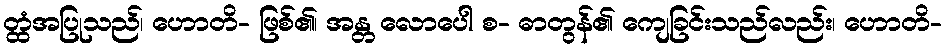
တ္ထံအပြုသည်၊ ဟောတိ- ဖြစ်၏၊ အန္တ လောပေါ စ- ဓာတွန်၏ ကျေခြင်းသည်လည်း၊ ဟောတိ-